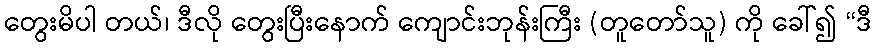
တွေးမိပါ တယ်၊ ဒီလို တွေးပြီးနောက် ကျောင်းဘုန်းကြီး (တူတော်သူ) ကို ခေါ်၍ “ဒီ